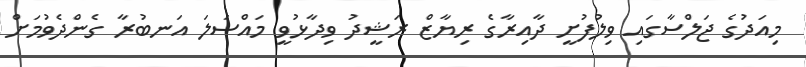
މިއަދުގެ ޖަލްސާގައި ވިލުފުށީ ދާއިރާގެ ރިޔާޒް ރަޝީދު ވިދާޅުވީ މައްސަލަ އަނބުރާ ގެންދެވުމަށް